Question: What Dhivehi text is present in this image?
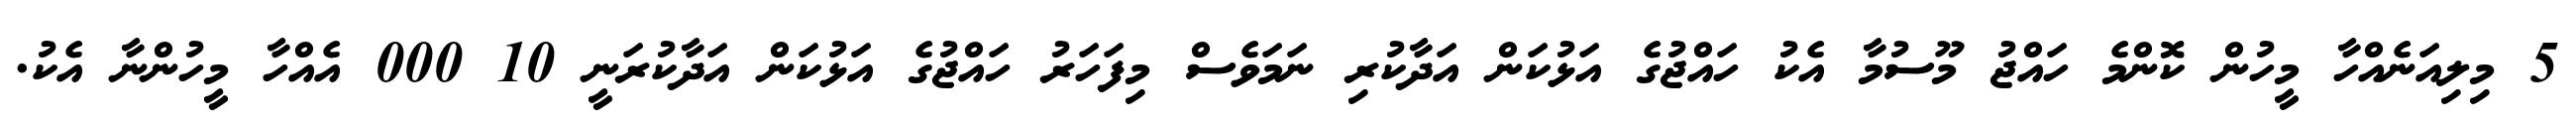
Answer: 5 މިލިއަނެއްހާ މީހުން ކޮންމެ ހައްޖު މޫސުމާ އެކު ހައްޖުގެ އަޅުކަން އަދާކުރި ނަމަވެސް މިފަހަރު ހައްޖުގެ އަޅުކަން އަދާކުރަނީ 10 000 އެއްހާ މީހުންނާ އެކު.